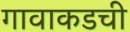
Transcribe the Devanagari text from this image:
गावाकडची